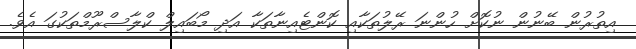
އިތުރުން ބޭނުން ނުކޮށް ހުންނަ ރޭލުތަކާއި ކޮންޓެއިނާތަކާ އަދި މޯބައިލް ކްލާސްރޫމްތަކުގަ އެވެ.